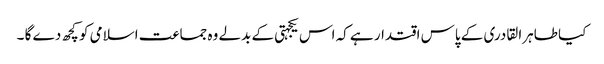
کیا طاہرا لقادری کے پاس اقتدار ہے کہ اس یکجہتی کے بدلے وہ جماعت اسلامی کو کچھ دے گا ۔